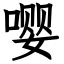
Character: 嘤